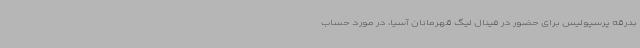
بدرقه پرسپولیس برای حضور در فینال لیگ قهرمانان آسیا، در مورد حساب